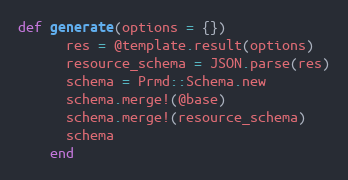
Language: Ruby
def generate(options = {})
      res = @template.result(options)
      resource_schema = JSON.parse(res)
      schema = Prmd::Schema.new
      schema.merge!(@base)
      schema.merge!(resource_schema)
      schema
    end